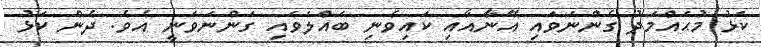
ކަޅު މުޙައްމަދު ގެންނަވައި އޭނާއާއި ކައިވެނި ބައްލަވައި ގަންނަވަނީ އެވެ. ދެން ކަޅު